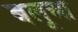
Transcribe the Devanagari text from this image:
बलूआ